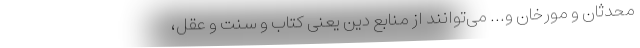
محدثان و مورخان و... می‌توانند از منابع دین یعنی کتاب و سنت و عقل،